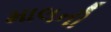
માલની